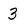
Character: 3